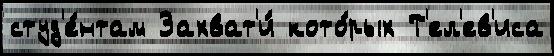
студ'е́нтам Захват'и́ кото́рых Т'ел'ев'иса